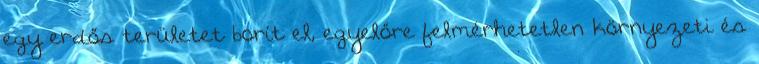
egy erdős területet borít el, egyelőre felmérhetetlen környezeti és